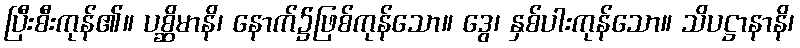
ပြီးစီးကုန်၏။ ပစ္ဆိမာနိ၊ နောက်၌ဖြစ်ကုန်သော။ ဒွေ၊ နှစ်ပါးကုန်သော။ သိပဋ္ဌာနာနိ၊